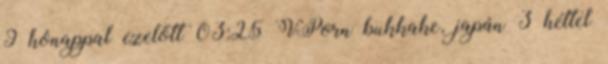
9 hónappal ezelőtt 03:25 VPorn bukkake, japán 3 héttel